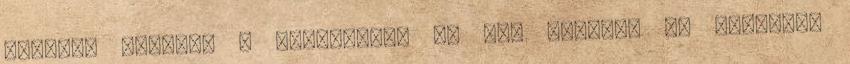
lehetne bulizni a zenéjükre, de így lemezen ez gyengus.